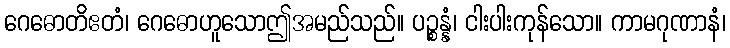
ဂေဓောတိဧတံ၊ ဂေဓောဟူသောဤအမည်သည်။ ပဉ္စန္နံ၊ ငါးပါးကုန်သော။ ကာမဂုဏာနံ၊